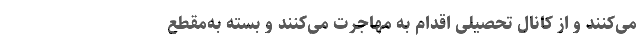
می‌کنند و از کانال تحصیلی اقدام به مهاجرت می‌کنند ‌و بسته به‌مقطع